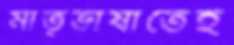
মাতৃভাষাতেই